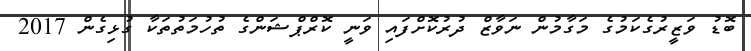
ބޮޑު ވަޒީރުގެކަމުގެ މަގާމުން ނަވާޒް ދުރުކޮށްފައި ވަނީ ކޮރްޕްޝަންގެ ތުހުމަތުތަކާ ގުޅިގެން 2017